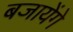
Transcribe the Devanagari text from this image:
बजायेंगे